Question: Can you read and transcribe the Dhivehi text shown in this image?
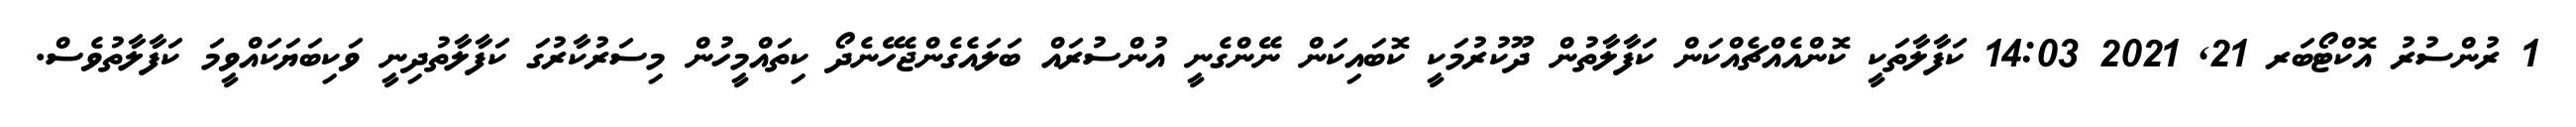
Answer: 1 ރުންސުރު އޮކްޓޯބަރ 21, 2021 14:03 ކަފާލާތަކީ ކޮންއެއްޗެއްކަން ކަފާލާތުން ދޫކުރުމަކީ ކޮބައިކަން ނޭންގެނީ އުންސުރައް ބަލައެގެންޖެހޭނެދޯ ކިތައްމީހުން މިސަރުކާރުގަ ކަފާލާތުދިނީ ވަކިބަޔަކައްވީމަ ކަފާލާތުވެސް.